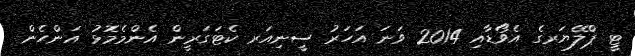
ޓީ ޕްލޭޔަރގެ އެވޯޑާއި 2014 ވަނަ އަހަރު ސީނިއަރ ކެޓަގަރީން އެންމެމޮޅު އަންހެން